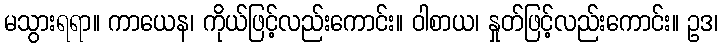
မသွားရရာ။ ကာယေန၊ ကိုယ်ဖြင့်လည်းကောင်း။ ဝါစာယ၊ နှုတ်ဖြင့်လည်းကောင်း။ ဥဒ၊